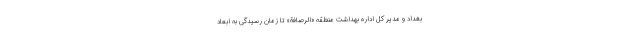
بغداد و مدیر کل اداره بهداشت منطقه «الرصافة» تا زمان رسیدگی به ابعاد